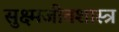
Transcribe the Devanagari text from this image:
सुक्ष्मजीवशास्त्र